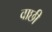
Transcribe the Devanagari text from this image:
वाछी